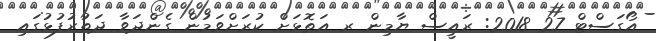
އޯގަސްޓް 27 2018: ރައީސް ޔާމިން ރ އަތޮޅަަށް ކުރަށްވަމުން ގެންދަވާ ދަތުރުފުޅުގައި